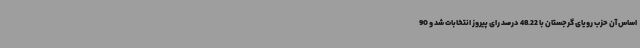
اساس آن حزب رویای گرجستان با 48.22 درصد رای پیروز انتخابات شد و 90